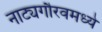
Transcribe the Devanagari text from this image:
नाट्यगौरवमध्ये